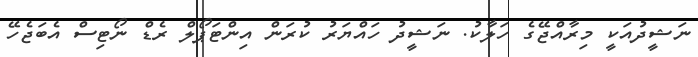
ނަޝީދުއަކީ މިރާއްޖޭގެ ހަލާކު. ނަޝީދު ހައްޔަރު ކުރަން އިންޓަޕޯލް ރެޑް ނޯޓިސް އެބަޖެހޭ